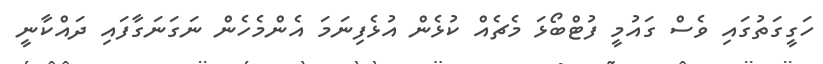
ހަގީގަތުގައި ވެސް ގައުމީ ފުޓްބޯޅަ މެޗެއް ކުޅެން އުޅެފިނަމަ އެންމެހެން ނަގަނަގާފައި ދައްކާނީ